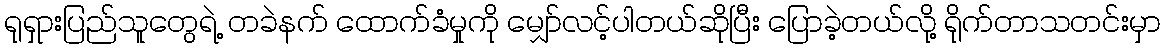
ရုရှားပြည်သူတွေရဲ့ တခဲနက် ထောက်ခံမှုကို မျှော်လင့်ပါတယ်ဆိုပြီး ပြောခဲ့တယ်လို့ ရိုက်တာသတင်းမှာ